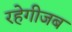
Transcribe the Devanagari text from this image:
रहेगीजब